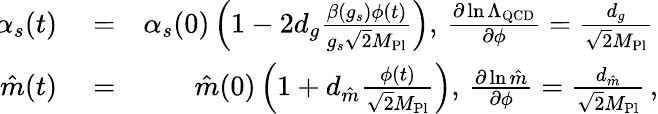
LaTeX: \begin{array}{rlr}{\! \! \alpha_{s}(t)}&{{}=}&{\alpha_{s}(0)\left(1-2d_{g}\frac{\beta(g_{s})\phi(t)}{g_{s}\sqrt{2}M_{\mathrm{Pl}}}\right),\, \frac{\partial\ln\Lambda_{\mathrm{QCD}}}{\partial\phi}=\frac{d_{g}}{\sqrt{2}M_{\mathrm{Pl}}}\, }\\ {\hat{m}(t)}&{{}=}&{\hat{m}(0)\left(1+d_{\hat{m}}\frac{\phi(t)}{\sqrt{2}M_{\mathrm{Pl}}}\right),\, \frac{\partial\ln\hat{m}}{\partial\phi}=\frac{d_{\hat{m}}}{\sqrt{2}M_{\mathrm{Pl}}}\, ,}\end{array}